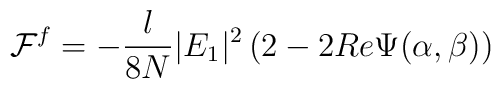
{\cal F}^f= -\frac{l}{ 8 N}|E_1|^2\left( 2 - 2 Re\Psi(\alpha,\beta)\right)